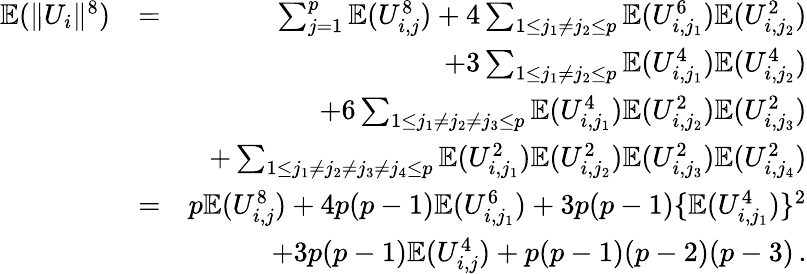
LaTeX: \begin{array}{rlr}{{\mathbb{E}}(\| U_{i}\| ^{8})}&{=}&{\sum_{j=1}^{p}{\mathbb{E}}(U_{i,j}^{8})+4\sum_{1\leq j_{1}\neq j_{2}\leq p}{\mathbb{E}}(U_{i,j_{1}}^{6}){\mathbb{E}}(U_{i,j_{2}}^{2})}\\ &{}&{+3\sum_{1\leq j_{1}\neq j_{2}\leq p}{\mathbb{E}}(U_{i,j_{1}}^{4}){\mathbb{E}}(U_{i,j_{2}}^{4})}\\ &{}&{+6\sum_{1\leq j_{1}\neq j_{2}\neq j_{3}\leq p}{\mathbb{E}}(U_{i,j_{1}}^{4}){\mathbb{E}}(U_{i,j_{2}}^{2}){\mathbb{E}}(U_{i,j_{3}}^{2})}\\ &{}&{+\sum_{1\leq j_{1}\neq j_{2}\neq j_{3}\neq j_{4}\leq p}{\mathbb{E}}(U_{i,j_{1}}^{2}){\mathbb{E}}(U_{i,j_{2}}^{2}){\mathbb{E}}(U_{i,j_{3}}^{2}){\mathbb{E}}(U_{i,j_{4}}^{2})}\\ &{=}&{p{\mathbb{E}}(U_{i,j}^{8})+4p(p-1){\mathbb{E}}(U_{i,j_{1}}^{6})+3p(p-1)\{ {\mathbb{E}}(U_{i,j_{1}}^{4})\} ^{2}}\\ &{}&{+3p(p-1){\mathbb{E}}(U_{i,j}^{4})+p(p-1)(p-2)(p-3)\, .}\end{array}